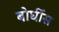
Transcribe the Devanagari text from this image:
बोर्घीस